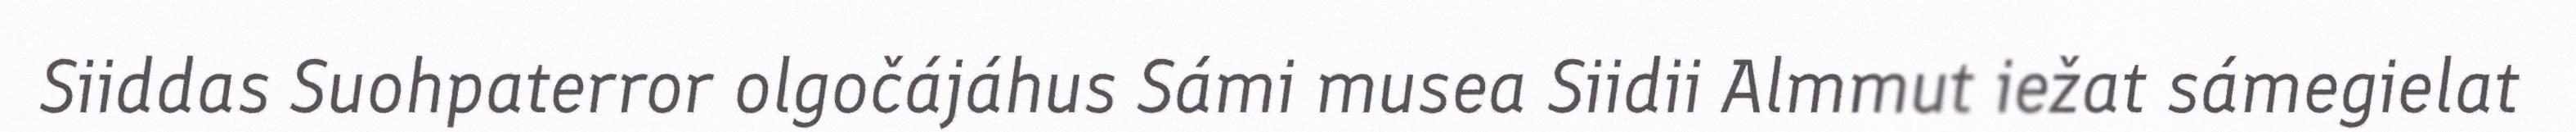
Siiddas Suohpaterror olgočájáhus Sámi musea Siidii Almmut iežat sámegielat